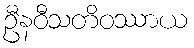
ဦနဝီသတိဝဿာယ